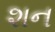
શન